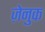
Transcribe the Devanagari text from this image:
ज़ेनुक